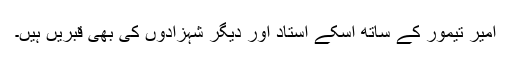
امیر تیمور کے ساتھ اسکے استاد اور دیگر شہزادوں کی بھی قبریں ہیں۔